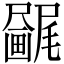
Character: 𫥯